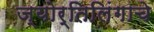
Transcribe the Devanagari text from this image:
ज्‍योर्तिलिंगाचे